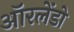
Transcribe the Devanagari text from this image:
ऑरलेंडो